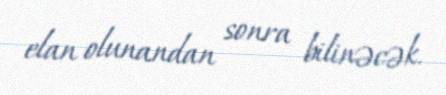
elan olunandan sonra bilinəcək.